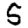
Digit: 5